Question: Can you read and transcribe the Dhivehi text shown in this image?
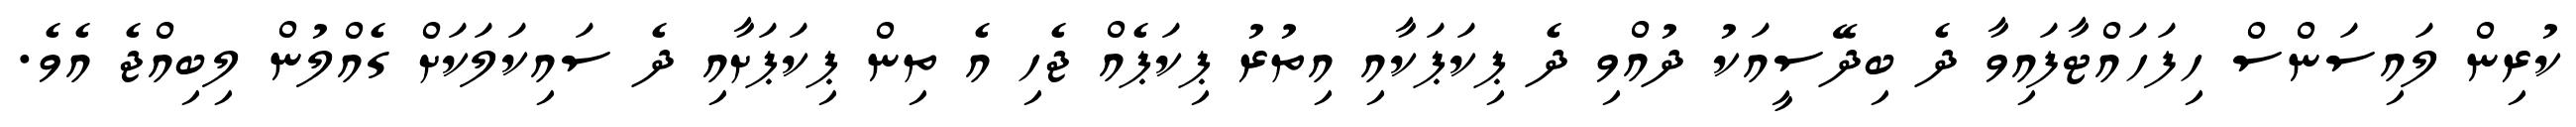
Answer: ކުރިން ލައިސަންސް ހިފަހައްޓާފައިވާ ދެ ބިދޭސީއަކު ދުއްވި ދެ ޕިކަޕަކާއި އިތުރު ޕިކަޕެއް ޖެހި އެ ތިން ޕިކަޕަށާއި ދެ ސައިކަލަކަށް ގެއްލުން ލިބިއްޖެ އެވެ.